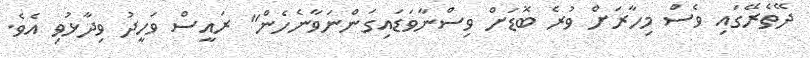
ދޭތެރޭގައި ވެސް މިހާރަށް ވުރެ ބޮޑަށް ވިސްނާވަޑައިގަންނަވާނެހެން" ރައީސް ވަހީދު ވިދާޅުވި އެވެ.